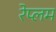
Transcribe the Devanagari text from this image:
रेप्लम